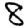
Digit: 8